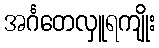
အင်္ဂတေလှူရကျိုး